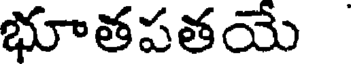
భూతపతయే